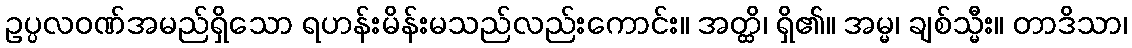
ဥပ္ပလဝဏ်အမည်ရှိသော ရဟန်းမိန်းမသည်လည်းကောင်း။ အတ္ထိ၊ ရှိ၏။ အမ္မ၊ ချစ်သ္မီး။ တာဒိသာ၊